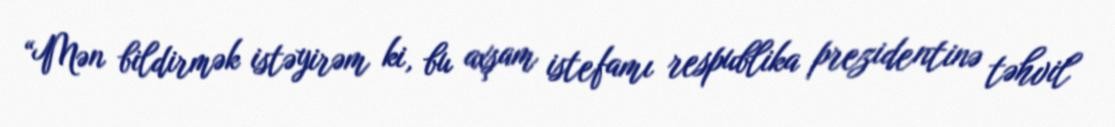
“Mən bildirmək istəyirəm ki, bu axşam istefamı respublika prezidentinə təhvil